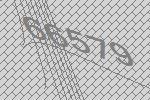
66579